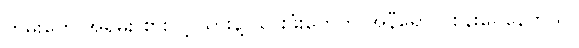
ကွမ်းတွေ အရမ်း စားလို့ သွားနဲ့ သွားဖုံးတွေက အနီရောင် စွန်းပေနေတယ်။